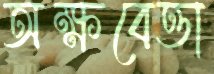
অক্ষবেত্তা